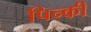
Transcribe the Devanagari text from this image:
पिन्की